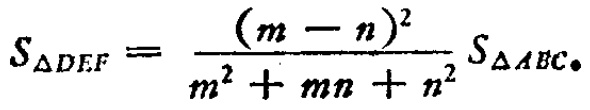
\[S_{\triangle DEF}=\frac{(m - n)^2}{m^{2}+mn + n^{2}}S_{\triangle ABC}.\]